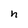
Character: n